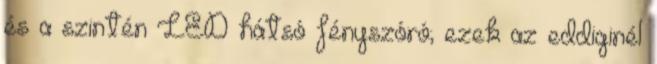
és a szintén LED hátsó fényszóró; ezek az eddiginél